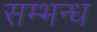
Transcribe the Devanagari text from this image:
सम्भन्ध